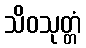
သိဝသုတ္တံ